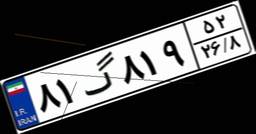
۹۶گ۵۸۹۶۲